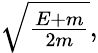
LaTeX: \textstyle{\sqrt{\frac{E+m}{2m}}},